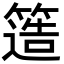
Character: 簉